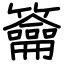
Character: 籥